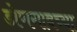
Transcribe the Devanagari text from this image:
डोणगावच्या